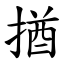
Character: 揂